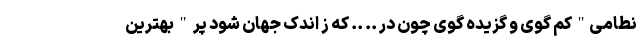
نطامی" کم گوی و گزیده گوی چون در .. .. که ز اندک جهان شود پر " بهترین